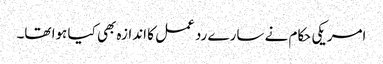
امریکی حکام نے سارے رد عمل کا اندازہ بھی کیا ہوا تھا۔